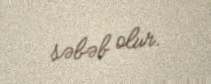
səbəb olur.